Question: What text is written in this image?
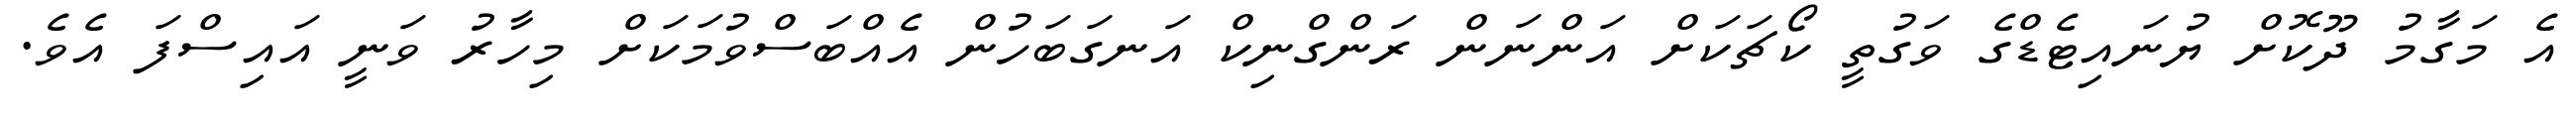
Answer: އެ މަގާމު ދޫކޮށް ޔުނައިޓެޑްގެ ވަގުތީ ކޯޗަކަށް އަންނަން ރަންގްނިކް އަނގަބަހުން އެއްބަސްވުމަކަށް މިހާރު ވަނީ އައިސްފަ އެވެ.